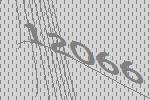
12066